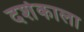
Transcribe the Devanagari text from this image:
दर्शकाला